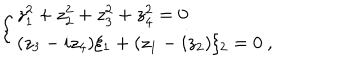
\left\{ \begin{array} { l } { { z _ { 1 } ^ { 2 } + z _ { 2 } ^ { 2 } + z _ { 3 } ^ { 2 } + z _ { 4 } ^ { 2 } = 0 } } \\ { { ( z _ { 3 } - i z _ { 4 } ) \xi _ { 1 } + ( z _ { 1 } - i z _ { 2 } ) \xi _ { 2 } = 0 ~ , } } \\ \end{array} \right.